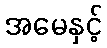
အမေနှင့်